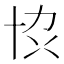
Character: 𫝓